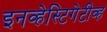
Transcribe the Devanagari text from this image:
इनव्हेस्टिगेटीव्ह